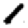
Digit: 1